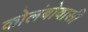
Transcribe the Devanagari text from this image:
कोलंबोवासी